Bréfritari: Þorkell Teitsson
Viðtakandi: Jón Borgfirðingur
Dagsetning: A-1861-03-07
Skrifað á: Reykjavík  Gull.

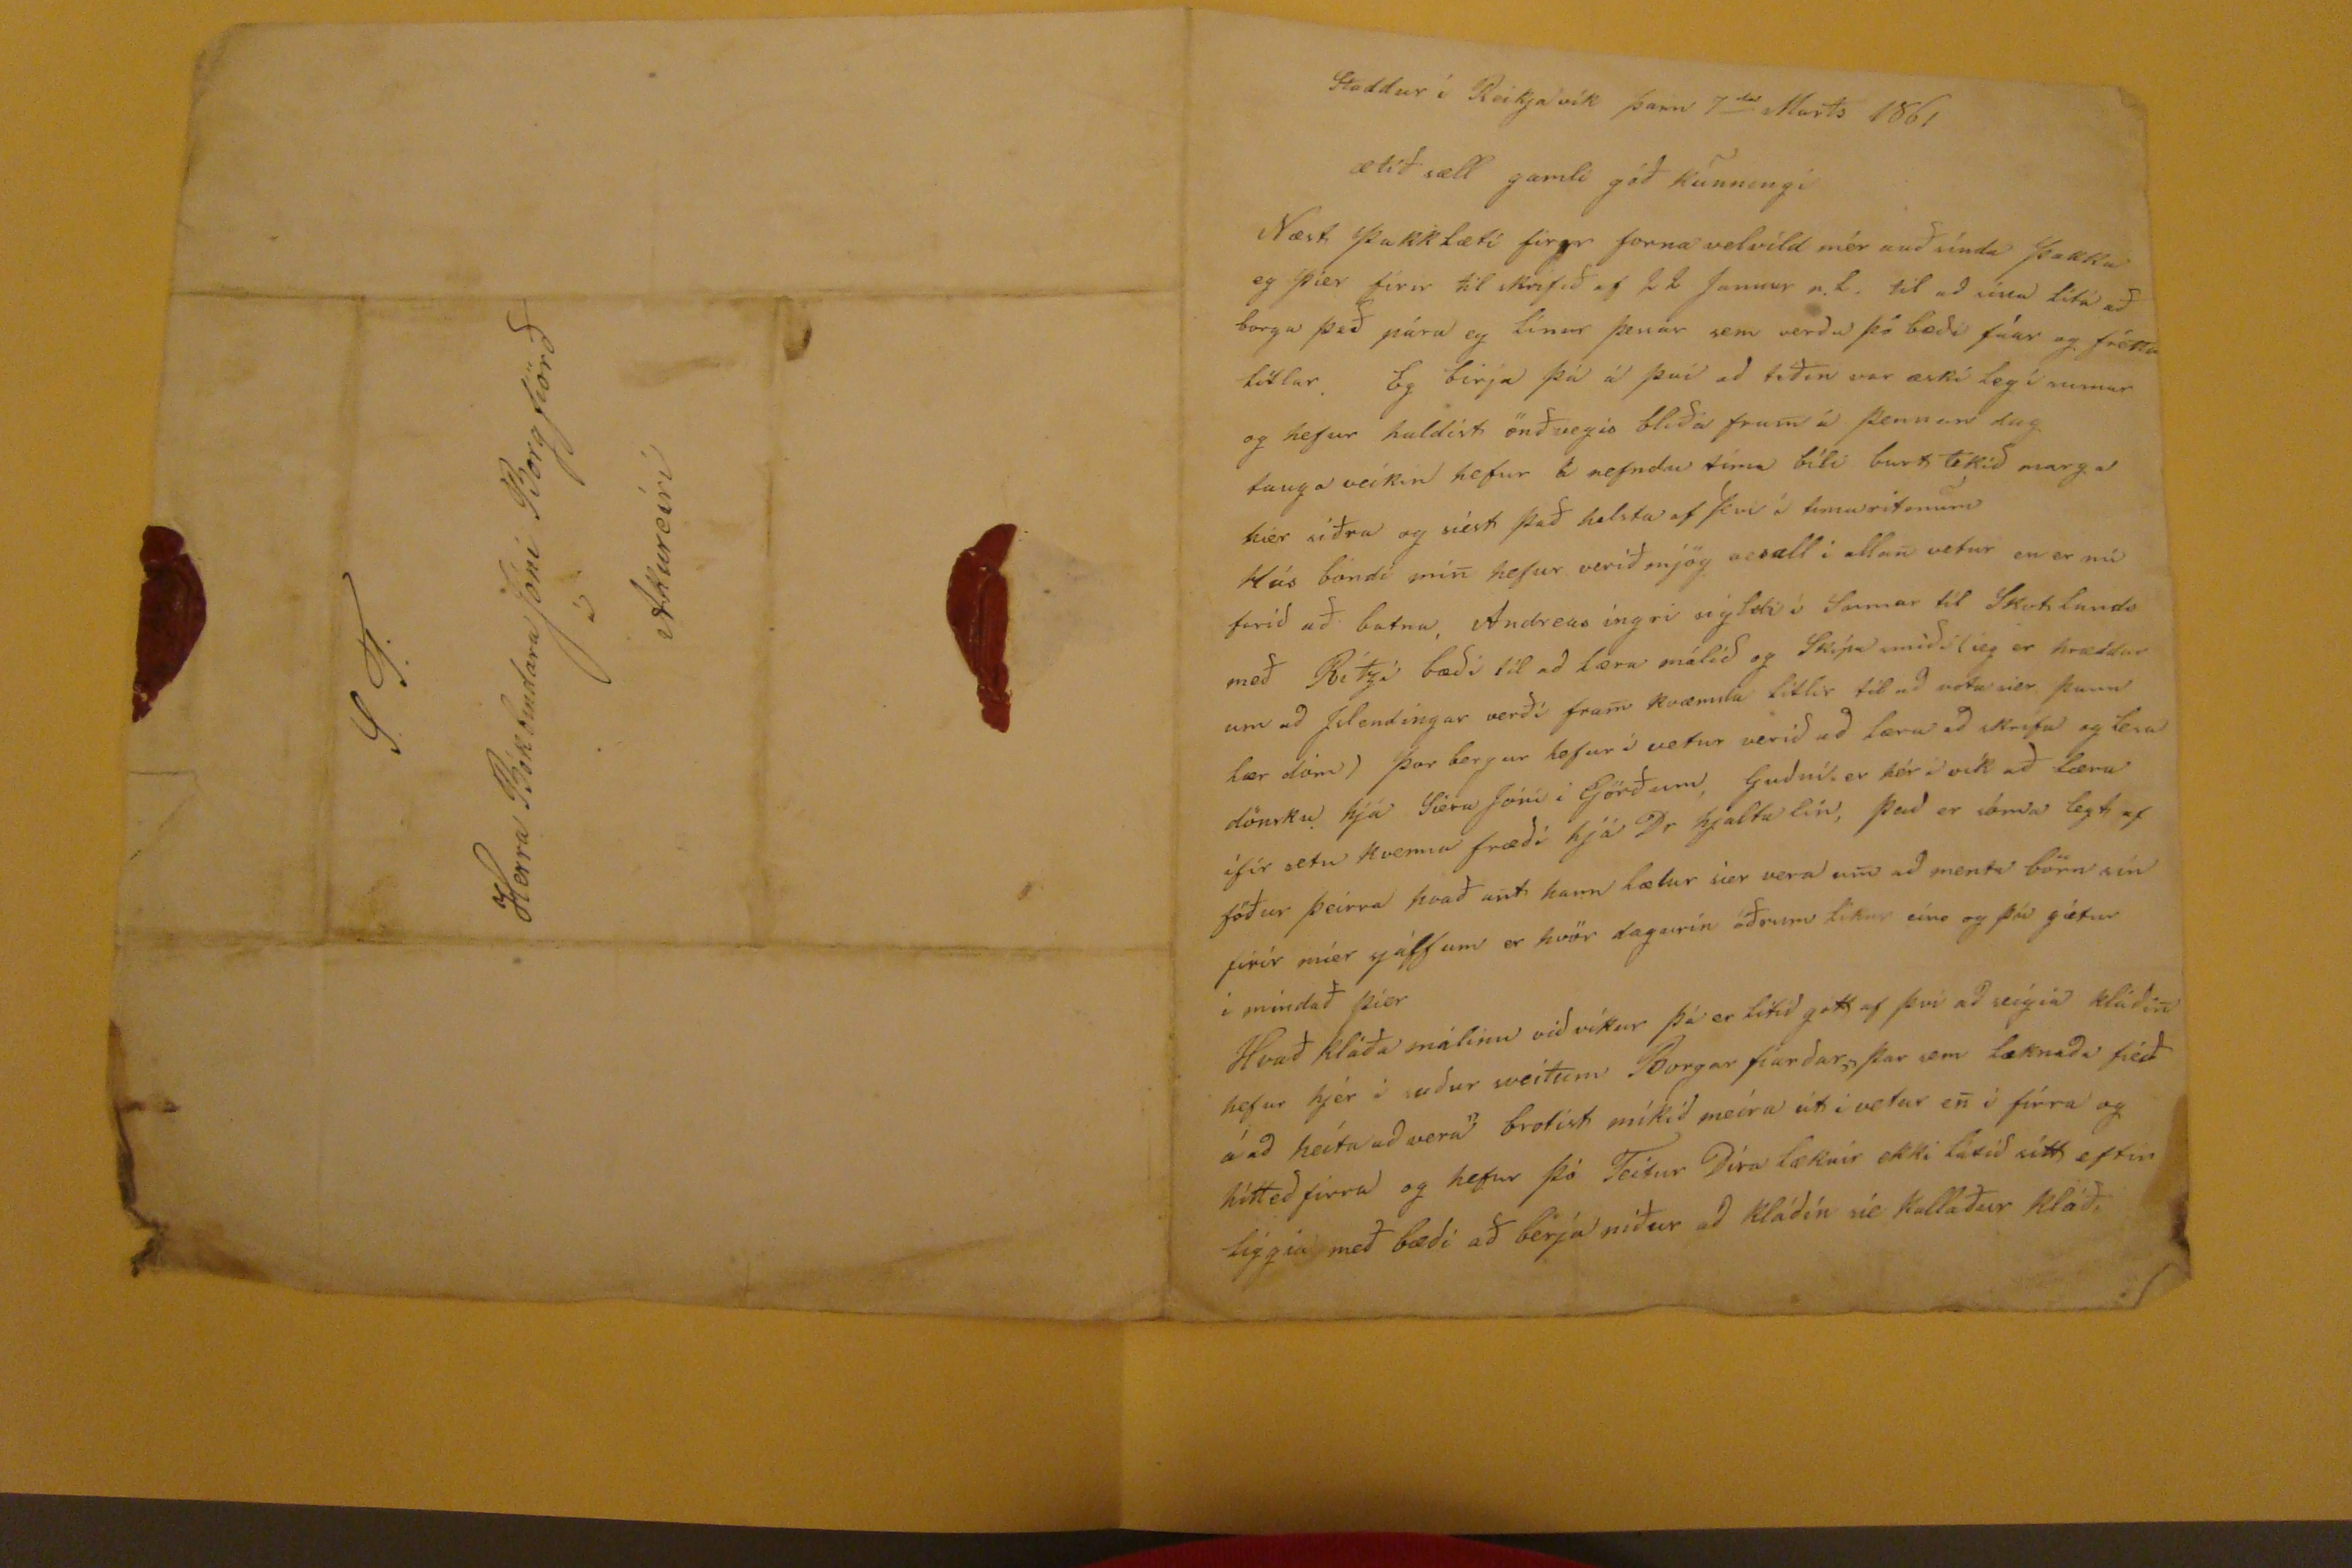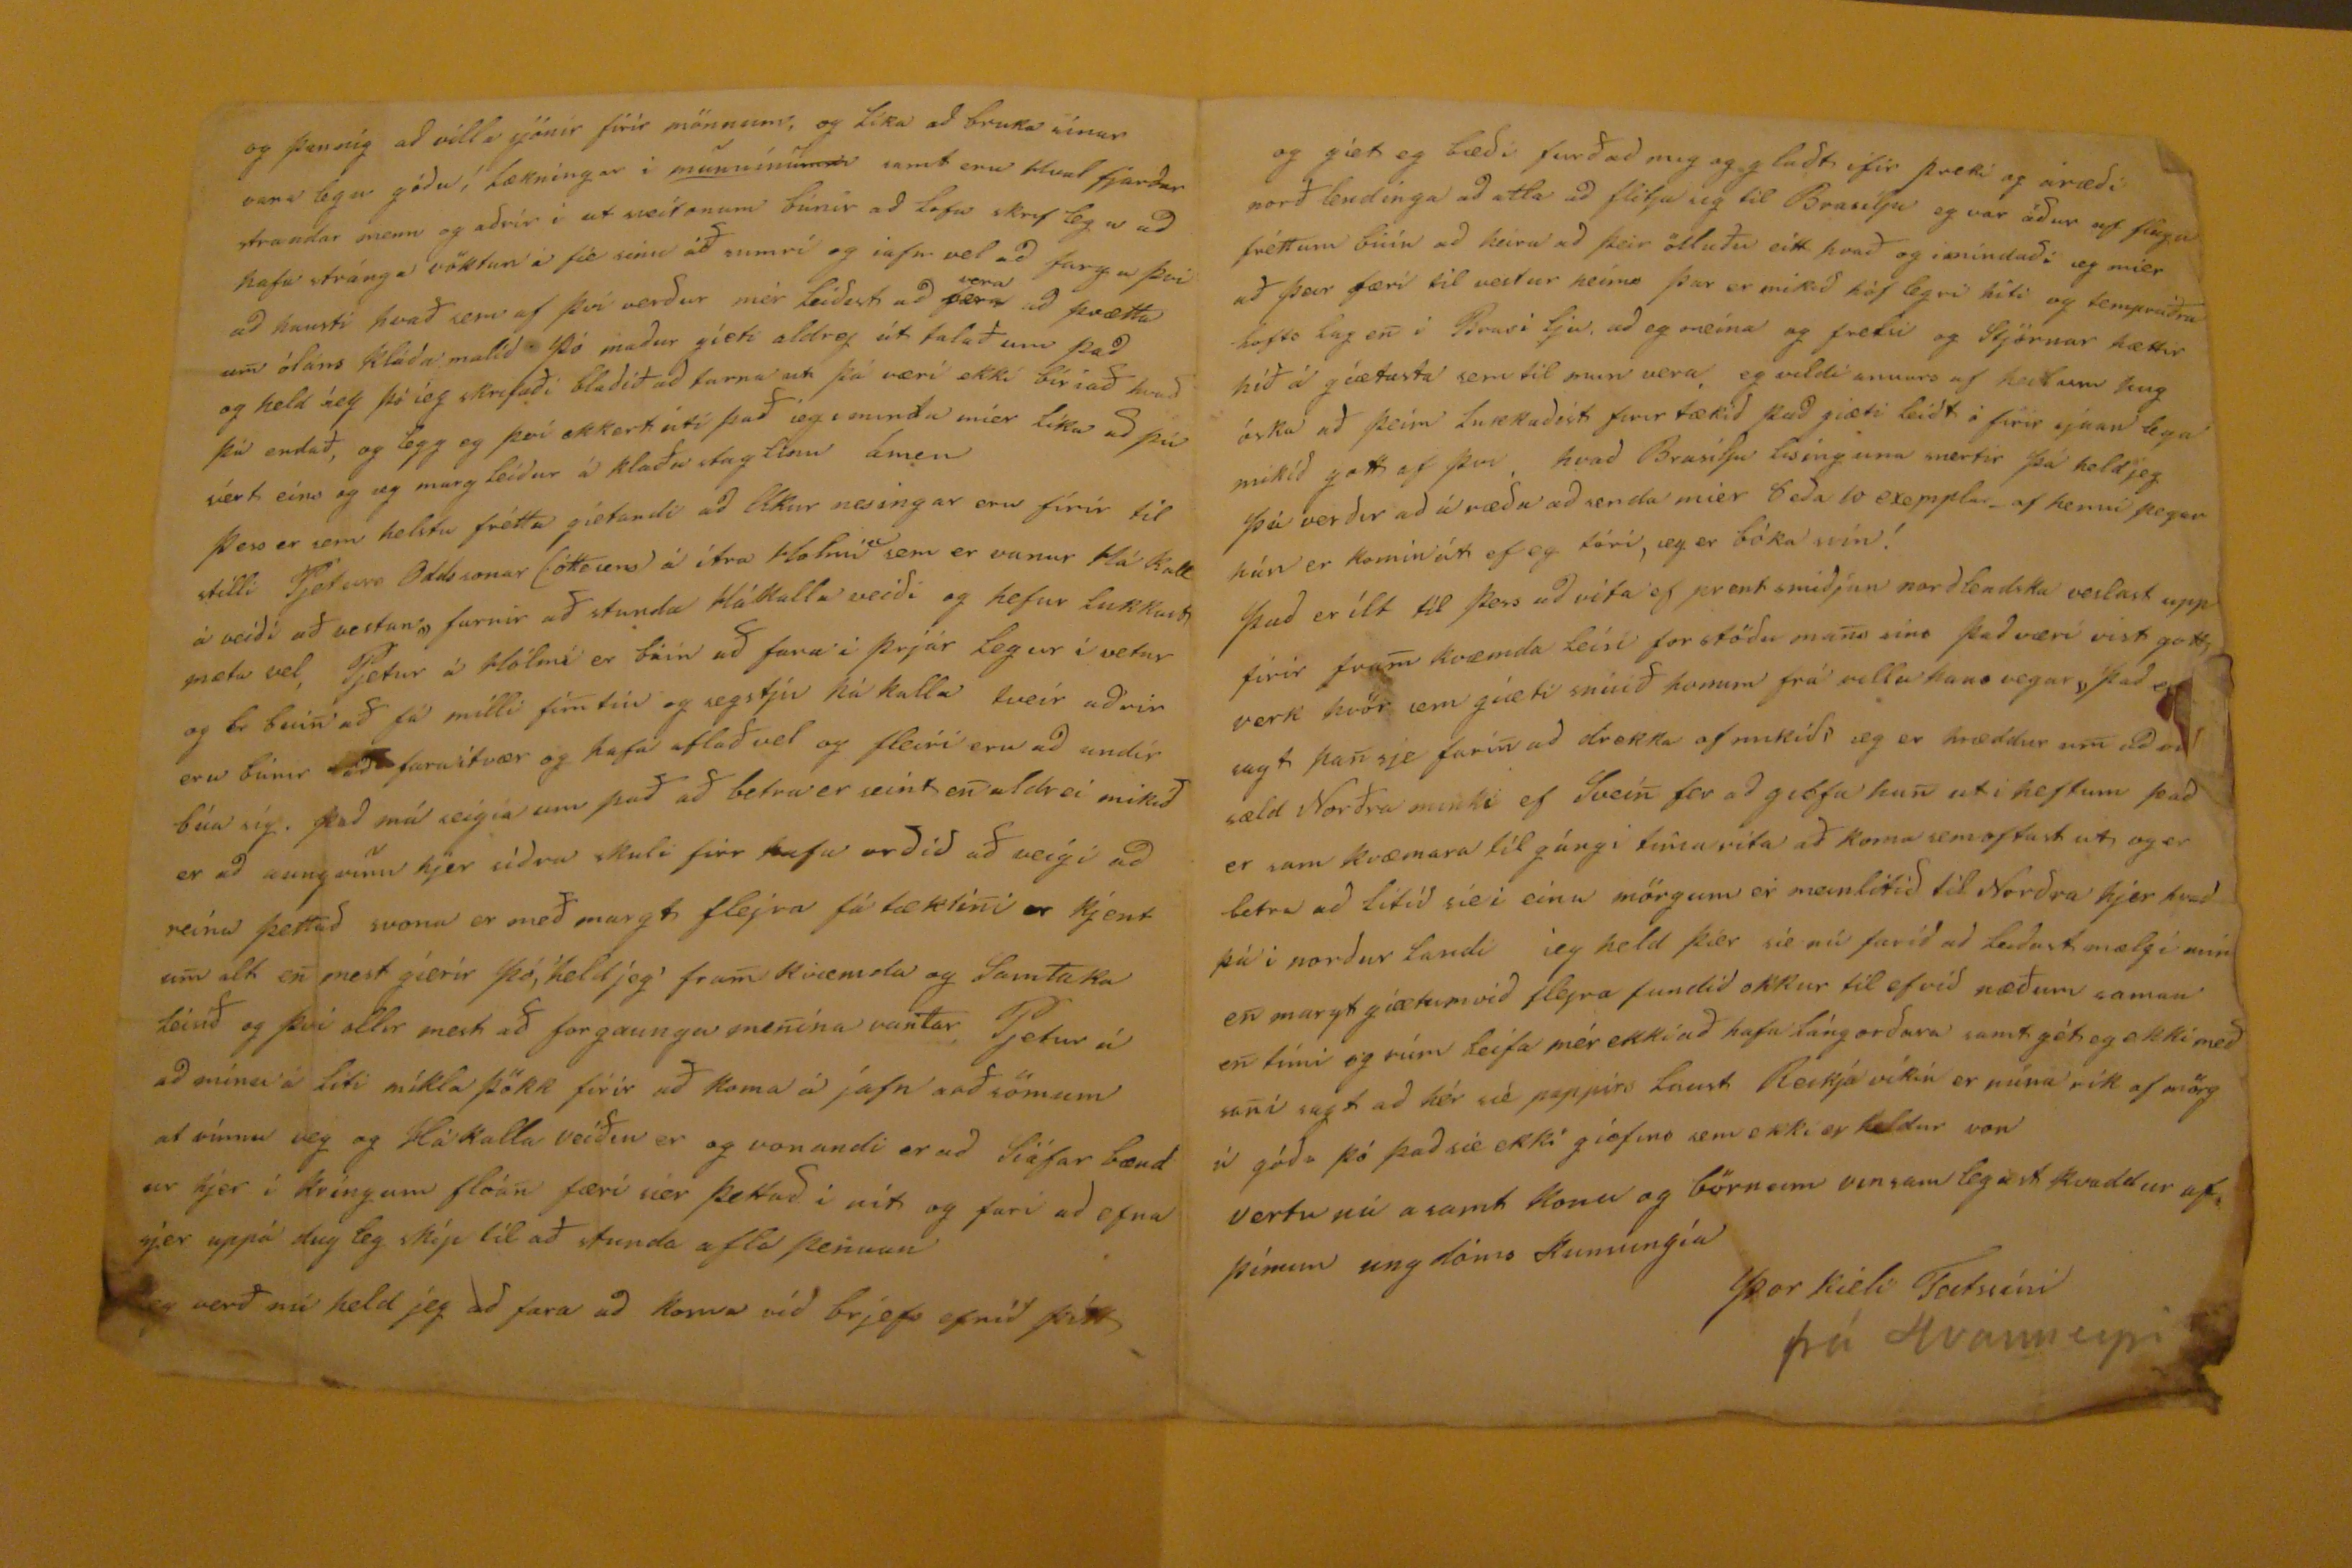

Staddur í Reikjavík þann 7
da
Marts 1861.
ætíð sæll gamli góð kunningi
Næst þakklæti firir forna velvild mér auðsínda þakka eg þier firir til skrifið
og
22 Januar n.l. til ad eins lita að borga það pára og linur þesar sem verda þá bædi fàar og frétta litlar. Eg birja þá á því ad tídin var æskileg í sumar og hefur haldist önðvegis bliða fram á þennan dag taugaveikin hefur á nefndu tíma
bíli
burt tekid marga hier siðra og siest það helsta af þvi í timaritunum
Hús bóndi min hefur mjög vesælli allan vetur en er nú farid að batna. Andreas ingri sigldi í Sumar til Skotlands með
Pétri
bædi til ad læra málid og Skípa midi (eg er hræddur um ad Islendingar verði fram kvæmta litlar til ad
nota ver
þann lær dóm) þar borgur hefur i vetur verid ad læra ad skrifa og lesa dönsku hjá Siera Jóni i Görðum. Gudní er hér i vík að læra ifir setu kvenna fræði hjá Dr hjaltalín, þad er sóma legt af föður þeirra hvað un hann lætur sier vera um ad menta börn sín firir mér sjálfum er hvör dagurin öðrum likur eins og þú gétur i mindað þier
Hvað kláða málinu vid víkur þá er litid gott af þvi ad seigia kládin hefur hjer i sudur sveitum Borgar fiardar "þar sem læknada féð á ad heita ad vera" brotist míkid meira út i vetur en i firra og hítted firra og hefur þó Teitur Díra læknir ekki látid sitt eftir liggia með bædi að berja niður ad kládin sie kallaður kláði
og þannig ad villa sjónir firir mönnum, og líka ad bruka sinar varalegu gódu í lækningar i munnínum samt eru Hvalfjardar strandar menn og adrir i at sveitunum búnir ad lofa skriflega ad hafa stránga vöktun á fie sinu áð sumri og iafn vel ad farga þvi ad hausti hvað sem af því verdur mér leidist ad
gera
vera
ad þrætta um óláns kláda malid þó madur gíeti aldrey út talað um þad og held íeg þó íeg skrifaði bladið ad
fara
ut þá væri ekki bíriað hvad þú endað, og legg eg því ekkert útí það ieg iminda míer líka ad þú síert eins og eg marg leidur á klaða tagtinu ámen
þess er sem helstu frétta gíetandi ad Okkur nesingar eru fírir til stilli Pjeturs Oddssonar (
óttssens
) á ítra Holmi "sem er vanur Há kall á veidi að vestan! farnir að stunda Hákalla veidi og hefur lukkast mæta vel. Pjetur á Hólmi er búin að fara i þrjár legur í vetur og br búin að fá milli fimtíu og segstján hákalla tveir adrir eru búnir ad fara í tvær og hafa aflað vel og fleiri eru ad undir búa sig. Þad má seigia um það að betra er seint en aldrei mikid er ad aungvum hjer sídra skuli firr hafa ordid að veigi ad reina þettad svona er með margt fleira fá tæktini er kjent um alt en mest gierir þó, held jeg' framkvæmda og Samtaka leinð og því allir mest að forgaunga menina vantar Pjetur á ad minu á liti míkla þökk firir að koma á jafn adsömum at vinnu veg og Hákalla veiðin er og vonandi er ad liáfar bændur hjer í kringum flóan færi sier þettad i nit og fari ad efna sjer uppá dug leg skip til að stunda afla þennan
eg verð nú held jeg ad fara ad koma vid brjefs efnid þítt
og giet eg bædi furðad mig og gladt ifir
preti
og árædi norðlendinga ad ætla ad flitja sig til Braulju eg var ádur af fleiga fréttum búin ad heira ad þeir ötluðu eitt hvað og imindadi eg mier að þar færi til vestur heims þar er mikid hóf legri hiti og tempraðra lofts lag en i Brasilju ad eg meina eg frelsi og Stjórnar hættir hið á giætasta sem til mun vera eg vildi annars af heilum hug óska að þeim lukkadist firirtækid þad giæti leidt i firir sjáan lega mikid gott af þvi, hvad Brasilju lisinguna snertir þá held jeg þú verdir ad úræda ad senda mier 6 eda 10 exempla af henni þegar hún er komin út ef eg tóri, og er bóka mín!
þad er ílt til þess ad vita ef prentsmidjan nordbakka veslast upp firir fram kvæmda leísi forstödu mans sins þad væri vist gott verk hvör sem giæti snúið honum frá rillu hans vegar "þad e
sagt han sje farin ad drekka of mikid" eg er hræddur um ad
sæld Norðra minki ef Svein fer ad gibta han ut i hestum þad er sam kvæmara til gángi timarita að koma sem oftast ut og er betra ad lifid siei einu mörgum er meinlitid til Nordra hjer hvad þá i nordur landi ieg held þær sie nú farid ad leidast mælgi min en margt giætum vid flejra fundid okkur til ef vid næðum saman en tími og rúm leifa mér ekki að hafa lángordara samt gét eg ekki með sani sagt ad hér sié pappirs laust Reikjavíkin er núna rik af mörg á góda þó þad sie ekki giefins sem ekki er heldur von
vertu nú asamt konu og börnum vinsamlegast kvaddur af þínum ungdóms kunningía
Þorkieli Teitssíni
frá Hvanneyri
S.T.
Herra Bókbindara Jóni Borgfiörð
á
Akureiri